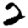
Digit: 2